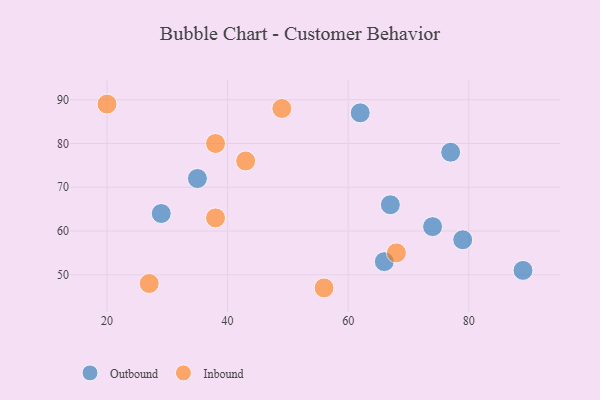
{"axis": {"x": "GDP", "y": "Life Expectancy"}, "legend": ["Inbound", "Outbound"], "data": [{"x": "62", "y": 87, "type": "Outbound"}, {"x": "74", "y": 61, "type": "Outbound"}, {"x": "66", "y": 53, "type": "Outbound"}, {"x": "89", "y": 51, "type": "Outbound"}, {"x": "77", "y": 78, "type": "Outbound"}, {"x": "79", "y": 58, "type": "Outbound"}, {"x": "29", "y": 64, "type": "Outbound"}, {"x": "67", "y": 66, "type": "Outbound"}, {"x": "35", "y": 72, "type": "Outbound"}, {"x": "38", "y": 63, "type": "Inbound"}, {"x": "49", "y": 88, "type": "Inbound"}, {"x": "68", "y": 55, "type": "Inbound"}, {"x": "56", "y": 47, "type": "Inbound"}, {"x": "38", "y": 80, "type": "Inbound"}, {"x": "20", "y": 89, "type": "Inbound"}, {"x": "27", "y": 48, "type": "Inbound"}, {"x": "43", "y": 76, "type": "Inbound"}]}